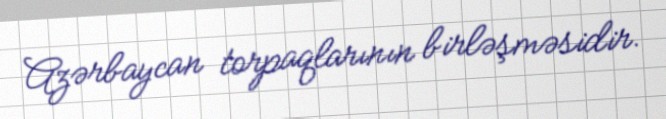
Azərbaycan torpaqlarının birləşməsidir.